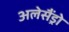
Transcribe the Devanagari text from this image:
अलेसैंड्रो